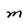
Character: M